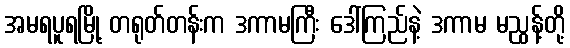
အမရပူရမြို့ တရုတ်တန်းက ဒကာမကြီး ဒေါ်ကြည်နဲ့ ဒကာမ မညွန့်တို့